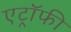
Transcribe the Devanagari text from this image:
एट्रॉफी